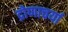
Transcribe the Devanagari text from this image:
द्रोणाचर्या